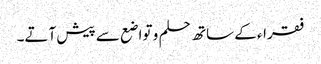
فقراء کے ساتھ حلم و تواضع سے پیش آتے۔